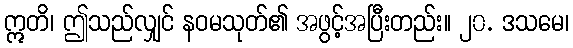
ဣတိ၊ ဤသည်လျှင် နဝမသုတ်၏ အဖွင့်အပြီးတည်း။ ၂၀. ဒသမေ၊